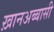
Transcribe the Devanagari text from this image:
ख़ानअब्बासी